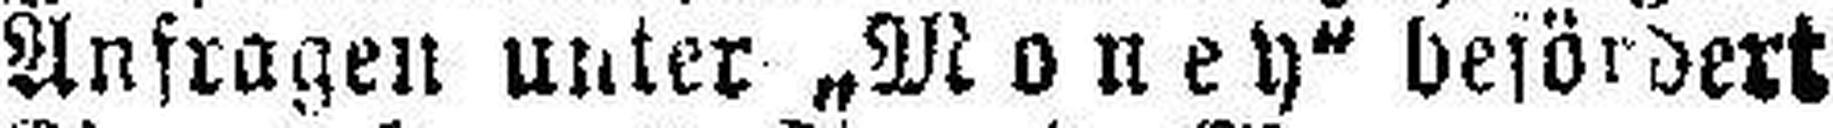
Anfragen unter „Money" befördert